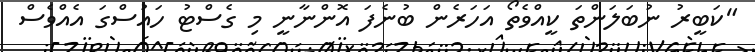
"ކަބީރު ނުބަލަންތަ ކީއްވެތޯ އަހަރެން ބުނެފަ އޮންނާނީ މި ގެސްޓު ހައުސްގަ އެއްވެސް